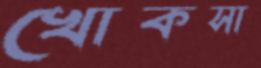
খোকসা